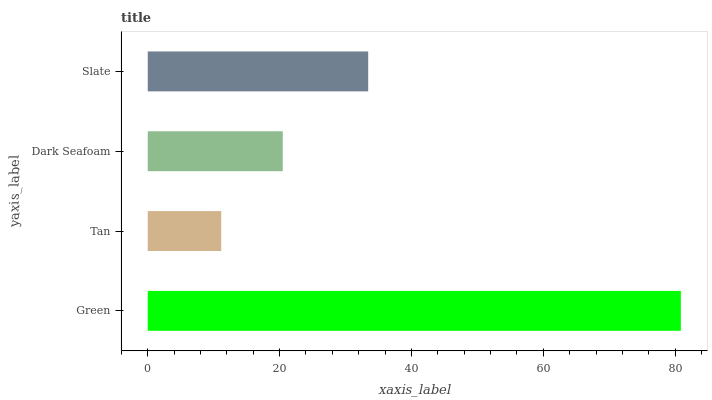
| yaxis_label | bars |
 | --- | --- |
 | Green | 80.9 |
 | Tan | 11.1 |
 | Dark Seafoam | 20.5 |
 | Slate | 33.4 |